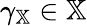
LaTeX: \gamma_{\mathbb{X}}\in\mathbb{X}